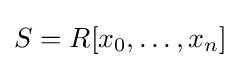
S=R[x_{0},\ldots ,x_{n}]